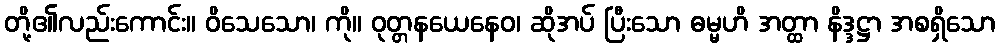
တို့၏လည်းကောင်း။ ဝိသေသော၊ ကို။ ဝုတ္တနယေနေဝ၊ ဆိုအပ် ပြီးသော ဓမ္မဟိ အတ္ထာ နိဒ္ဒဋ္ဌာ အစရှိသော